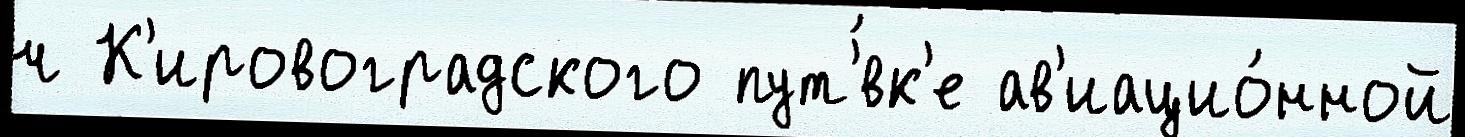
ч К'ировоградского пут'́вк'е ав'иацио́нной